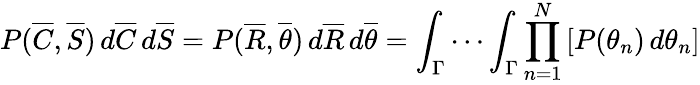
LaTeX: P({\overline{{C}}},{\overline{{S}}})\, d{\overline{{C}}}\, d{\overline{{S}}}=P({\overline{{R}}},{\overline{{\theta}}})\, d{\overline{{R}}}\, d{\overline{{\theta}}}=\int_{\Gamma}\cdots\int_{\Gamma}\prod_{n=1}^{N}\left[P(\theta_{n})\, d\theta_{n}\right]